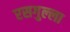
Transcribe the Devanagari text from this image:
रसगुल्‍ला